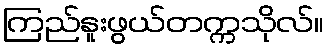
ကြည်နူးဖွယ်တက္ကသိုလ်။